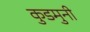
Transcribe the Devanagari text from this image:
कुडमुनी